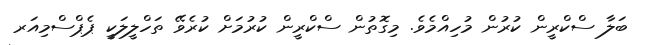
ބަލާ ސްކްރީން ކުރުން މުހިއްމެވެ. މިގޮތުން ސްކްރީން ކުރުމަށް ކުރެވޭ ތަހްލީލަކީ ޕެޕްސްމިއަރ